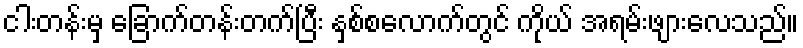
ငါးတန်းမှ ခြောက်တန်းတက်ပြီး နှစ်စလောက်တွင် ကိုယ် အရမ်းဖျားလေသည်။